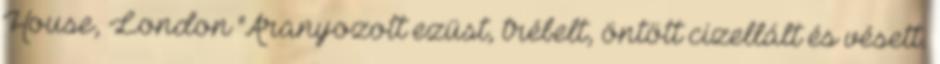
House, London "Aranyozott ezüst, trébelt, öntött cizellált és vésett.